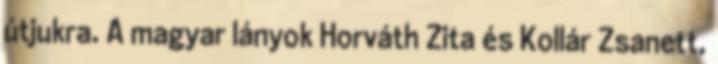
útjukra. A magyar lányok Horváth Zita és Kollár Zsanett,